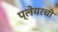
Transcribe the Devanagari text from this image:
प्लेयरची